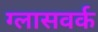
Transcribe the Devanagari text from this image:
ग्लासवर्क